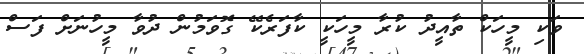
ވަކި މީހަކް ތާއީދު ކުރާ މީހަކީ ކާފަރެކޭ ގޮވަމުން ދުވާ މީހުނަށް ފަސް